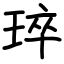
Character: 琗